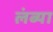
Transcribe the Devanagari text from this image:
लंब्या